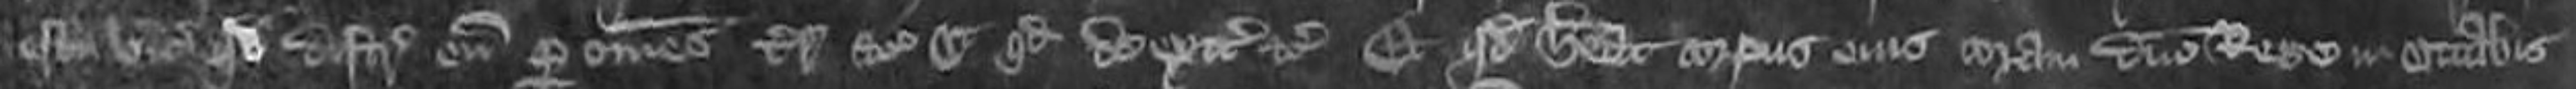
vicecomiti quod distrangat eum per omnes terres etc et quod de exitibus etc et quod habeat eius coram domino Rege in Octabis